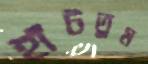
হাঁটতুম